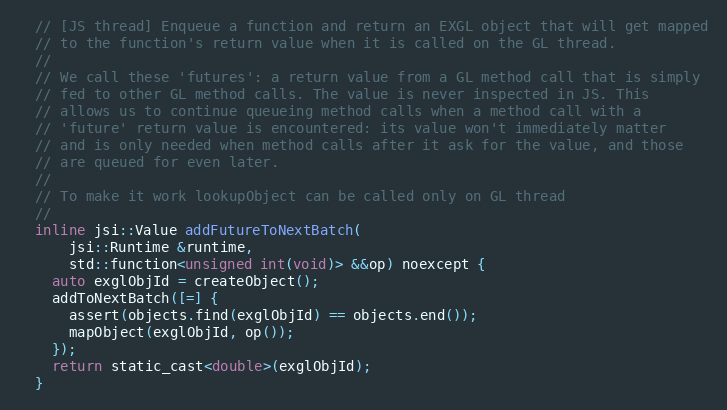
Language: C
  // [JS thread] Enqueue a function and return an EXGL object that will get mapped
  // to the function's return value when it is called on the GL thread.
  //
  // We call these 'futures': a return value from a GL method call that is simply
  // fed to other GL method calls. The value is never inspected in JS. This
  // allows us to continue queueing method calls when a method call with a
  // 'future' return value is encountered: its value won't immediately matter
  // and is only needed when method calls after it ask for the value, and those
  // are queued for even later.
  //
  // To make it work lookupObject can be called only on GL thread
  //
  inline jsi::Value addFutureToNextBatch(
      jsi::Runtime &runtime,
      std::function<unsigned int(void)> &&op) noexcept {
    auto exglObjId = createObject();
    addToNextBatch([=] {
      assert(objects.find(exglObjId) == objects.end());
      mapObject(exglObjId, op());
    });
    return static_cast<double>(exglObjId);
  }